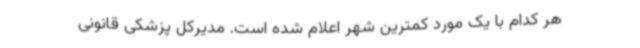
هر کدام با یک مورد کمترین شهر اعلام شده است. مدیرکل پزشکی قانونی